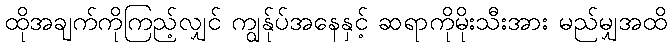
ထိုအချက်ကိုကြည့်လျှင် ကျွန်ုပ်အနေနှင့် ဆရာကိုမိုးသီးအား မည်မျှအထိ